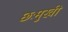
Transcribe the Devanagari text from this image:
छःमुखी